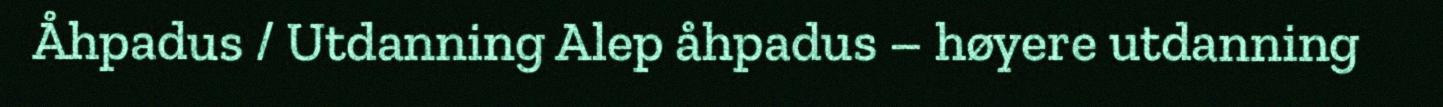
Åhpadus / Utdanning Alep åhpadus – høyere utdanning